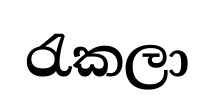
රැකලා